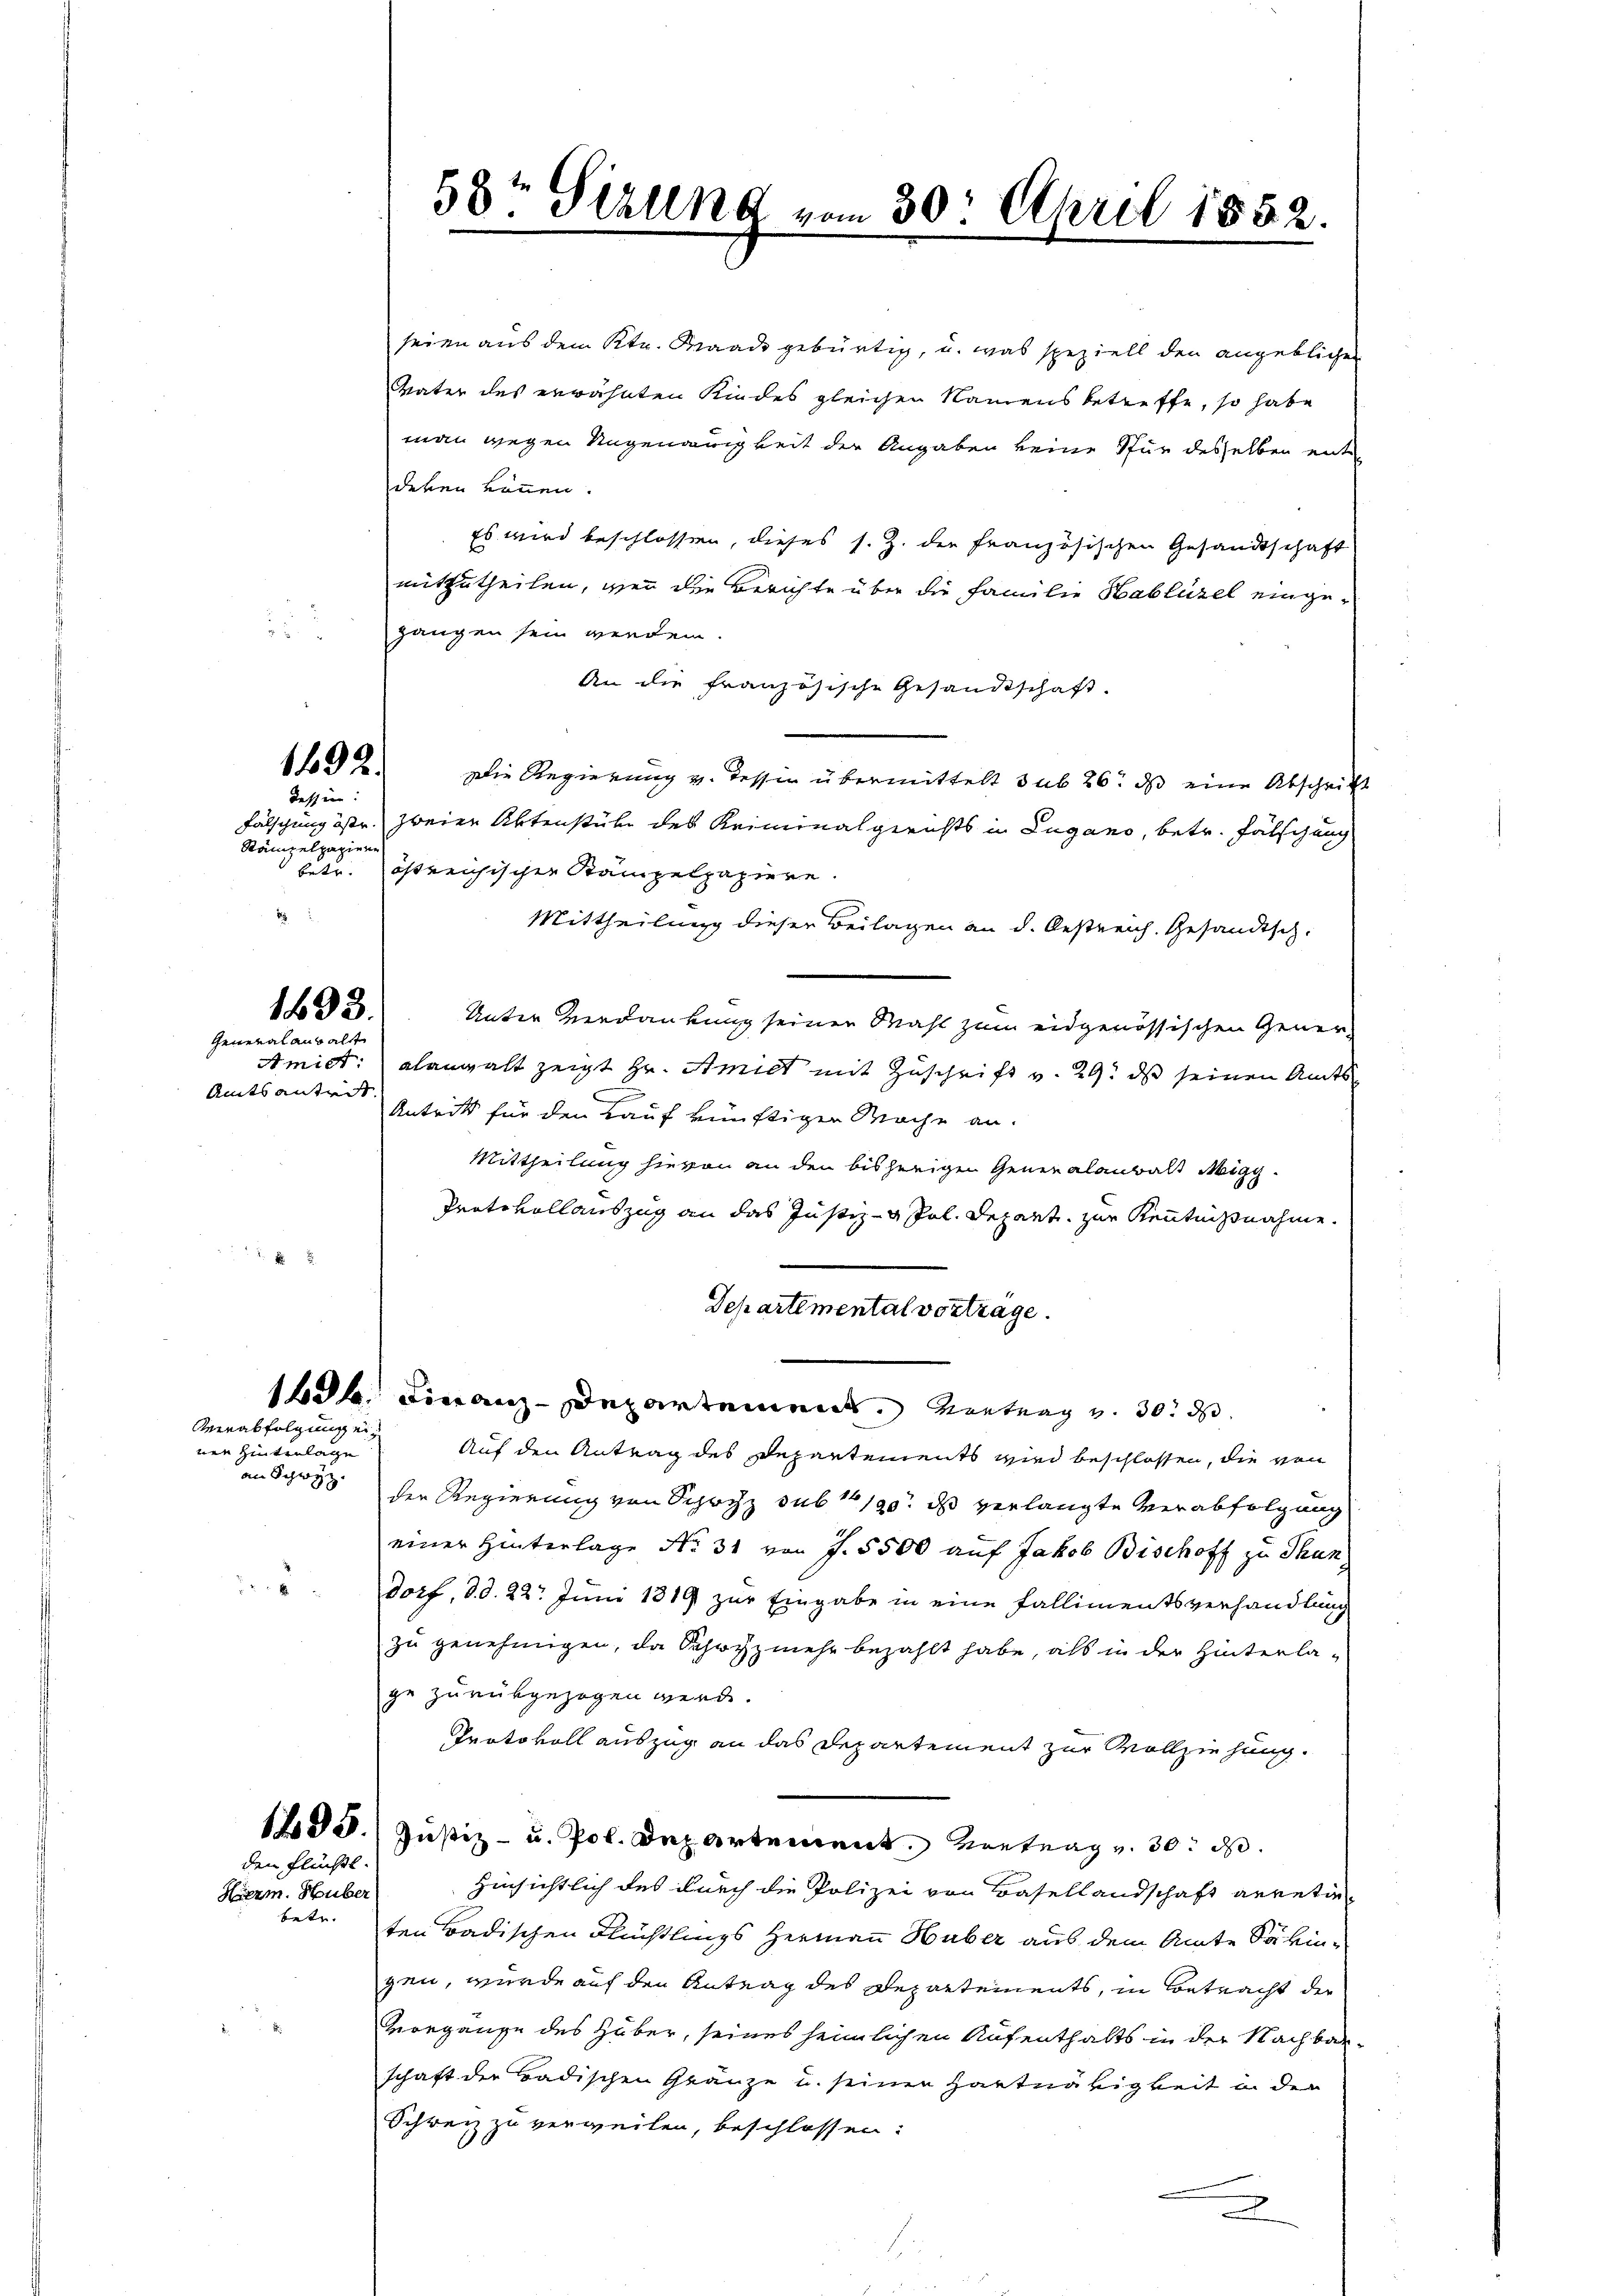
58te Ställng vom 30. April 1852.

seien aus dem Str. Waadt gebürtig, u. was speziell den angeblichen
Vater des erwähnten Kindes gleichen Namens betreffe, so habe
man wegen Ungenauigkeit der Angaben keine für desselben ent
deren können.
Es wird beschlossen, dieses s. Z. der französischen Gesandtschaft
mitzutheilen, wenn die Berichte über die Familie Hablüzel eingegangen sein werden.
An die französische Gesandtschaft.
Die Regierung v. Tessin übermittelt sub 26. ds eine Abschrift
zweier Aktenstube des Kriminalgerichts in Lugano, betr. Fälschung
betr. östreichischen Stampelpapiere.
Mittheilung dieser Beilagen an d. Oestreich. Gesandtsch.
Unter Verdankung seinen Mahl zum eidgenössischen Gener¬
Amiet: alangalt zeigt Hr. Amict mit Zuschrift v. 29. ds seinen Amts
Antritt für den Kauf künftigen Wache an.
Mittheilung hievon an den bisherigen Generalanwalt Migg.
Protokollauszug an das Justiz- & Pel. Depart zur Kenntnißnahme.
Separtemental vortrage.
16. Finanz-Departement entrag u. 30. d
Auf den Antrag des Departements wird beschlossen, die von
der Regierung von Schoch sub 1 1/20. ds verlangte Verabfolgung
einer Hinterlage No. 31 von J. 5500 auf Jakob Bischoff zu Thun,
Dorf, d. d. 22. Juni 1819 zur Eingabe in eine Fallimentsverhandlung
zu genehmigen, da Schofzmehr bezahlt habe, als in der Hinterlage zurückgezogen werde.
Protokoll auszug an das Departement zur Vollziehung.
13. Justiz- u. Pol. Departement. Vortrag v. 30. d.
Hinsichtlich des durch die Polizei von Basellandschaft arretien-
ten Badischen Flüchtlings Hermann Huber aus dem Amte Säkingen, wurde auf den Antrag des Departements, in Betracht der
vorgänge des Huber, seines heimlichen Aufenthalts in der Nachbarschaft der Badischen Gränze u. seinen Hartnätigkeit in der
Schweiz zu verweilen, beschlossen:
x

1492
Tessin:

Fälschung östr.
Rämpelpapiere
t

1433.
General anwalt

Amtsantrit

Verabfolgung einen Hintenlage
an Schwyz.
e

den Flüchtl.

Herm. Huber
betr.